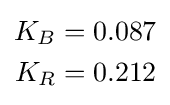
{\begin{aligned}K_{B}&=0.087\\K_{R}&=0.212\end{aligned}}